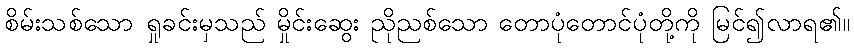
စိမ်းသစ်သော ရှုခင်းမှသည် မှိုင်းဆွေး ညိုညစ်သော တောပုံတောင်ပုံတို့ကို မြင်၍လာရ၏။